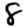
Digit: 8